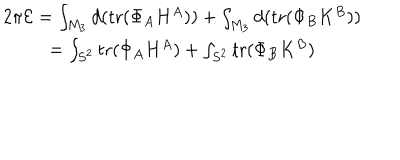
\begin{array} { c } { { 2 \pi { \cal E } = \int _ { M _ { 3 } } d ( \mathrm { t r } ( \Phi _ { A } H ^ { A } ) ) + \int _ { M _ { 3 } } d ( \mathrm { t r } ( \Phi _ { B } K ^ { B } ) ) } } \\ { { = \int _ { S ^ { 2 } } \mathrm { t r } ( \Phi _ { A } H ^ { A } ) + \int _ { S ^ { 2 } } \mathrm { t r } ( \Phi _ { B } K ^ { B } ) } } \\ \end{array}